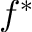
f ^ { \ast }